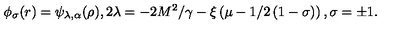
\phi _ { \sigma } ( r ) = \psi _ { \lambda , \alpha } ( \rho ) , 2 \lambda = - 2 M ^ { 2 } / \gamma - \xi \left( \mu - 1 / 2 \left( 1 - \sigma \right) \right) , \sigma = \pm 1 .